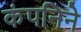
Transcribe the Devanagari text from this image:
कंपनिने